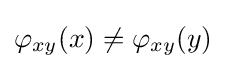
\varphi _{xy}(x)\neq \varphi _{xy}(y)